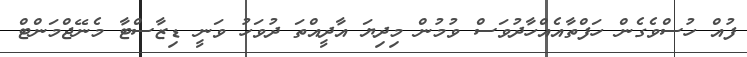
ފުއް ހުސްވެގެން ހަފްތާއެއްހާދުވަސް ވުމުން މިދިޔަ އާދީއްތަ ދުވަހު ވަނީ ޑިޒާސްޓާ މެނޭޖްމަންޓް